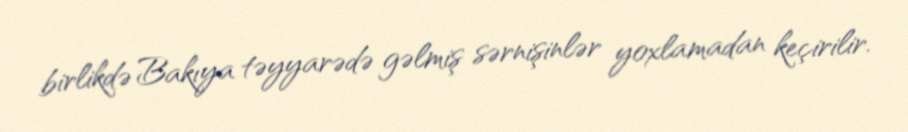
birlikdə Bakıya təyyarədə gəlmiş sərnişinlər yoxlamadan keçirilir.